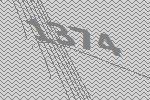
1374